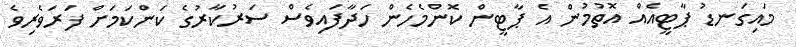
މައިގަނޑު ޕާޓީއެއް އޮތުމުން އެ ޕާޓީން ކޮންމެހެން ހަދާފައިވެސް ސަރުކާރުގެ ކަންކަމަށް ފަރަވެރިވެ